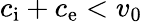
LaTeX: c_{\mathrm{i}}+c_{\mathrm{e}}<v_{0}